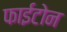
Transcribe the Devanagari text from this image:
फाईटोन